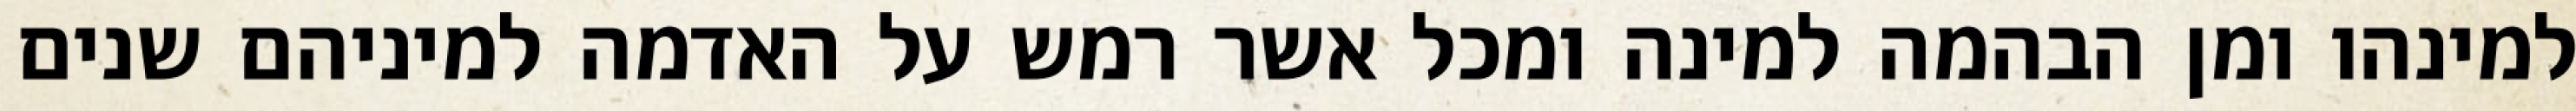
למינהו ומן הבהמה למינה ומכל אשר רמש על האדמה למיניהם שנים